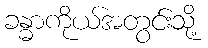
ခန္ဓာကိုယ်အတွင်းသို့